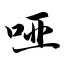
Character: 哑